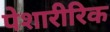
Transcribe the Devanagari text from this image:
पेशारीरिक